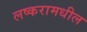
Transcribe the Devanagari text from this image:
लष्करामधील